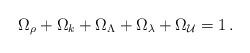
LaTeX: \begin{align*}\Omega_\rho+\Omega_k+\Omega_\Lambda+\Omega_\lambda+\Omega_{\cal U} =1\,.\end{align*}